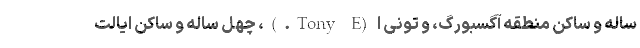
ساله و ساکن منطقه آگسبورگ، و تونی اِ (Tony E.)، چهل ساله و ساکن ایالت